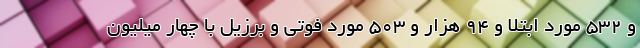
و ۵۳۲ مورد ابتلا و ۹۴ هزار و ۵۰۳ مورد فوتی و برزیل با چهار میلیون